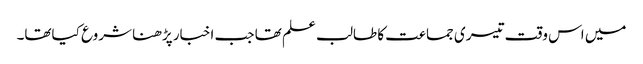
میں اس وقت تیسری جماعت کا طالب علم تھا جب اخبار پڑھنا شروع کیاتھا۔